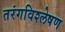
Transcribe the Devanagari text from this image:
तरंगविश्लेषण